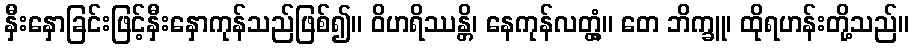
နှီးနှောခြင်းဖြင့်နှီးနှောကုန်သည်ဖြစ်၍။ ဝိဟရိဿန္တိ၊ နေကုန်လတ္တံ့။ တေ ဘိက္ခူ၊ ထိုရဟန်းတို့သည်။